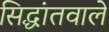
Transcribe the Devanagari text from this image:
सिद्धांतवाले